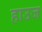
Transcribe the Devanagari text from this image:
हाउज